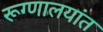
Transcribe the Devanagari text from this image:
रूग्णालयांत